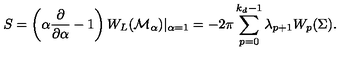
S = \left( \alpha { \frac { \partial } { \partial \alpha } } - 1 \right) W _ { L } ( { \cal M } _ { \alpha } ) | _ { \alpha = 1 } = - 2 \pi \sum _ { p = 0 } ^ { k _ { d } - 1 } \lambda _ { p + 1 } W _ { p } ( \Sigma ) .